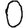
Digit: 0